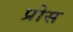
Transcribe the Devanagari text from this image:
प्रोस